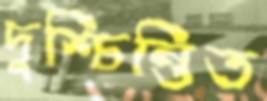
দুশ্চিন্তিত